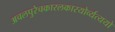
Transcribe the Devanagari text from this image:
अचलपुरेचकारलकारयोर्व्यत्ययो